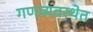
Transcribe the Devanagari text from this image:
गणव्यवस्थेत